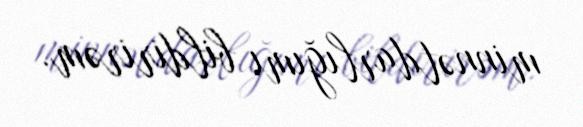
minnətdarlığımı bildirirəm.